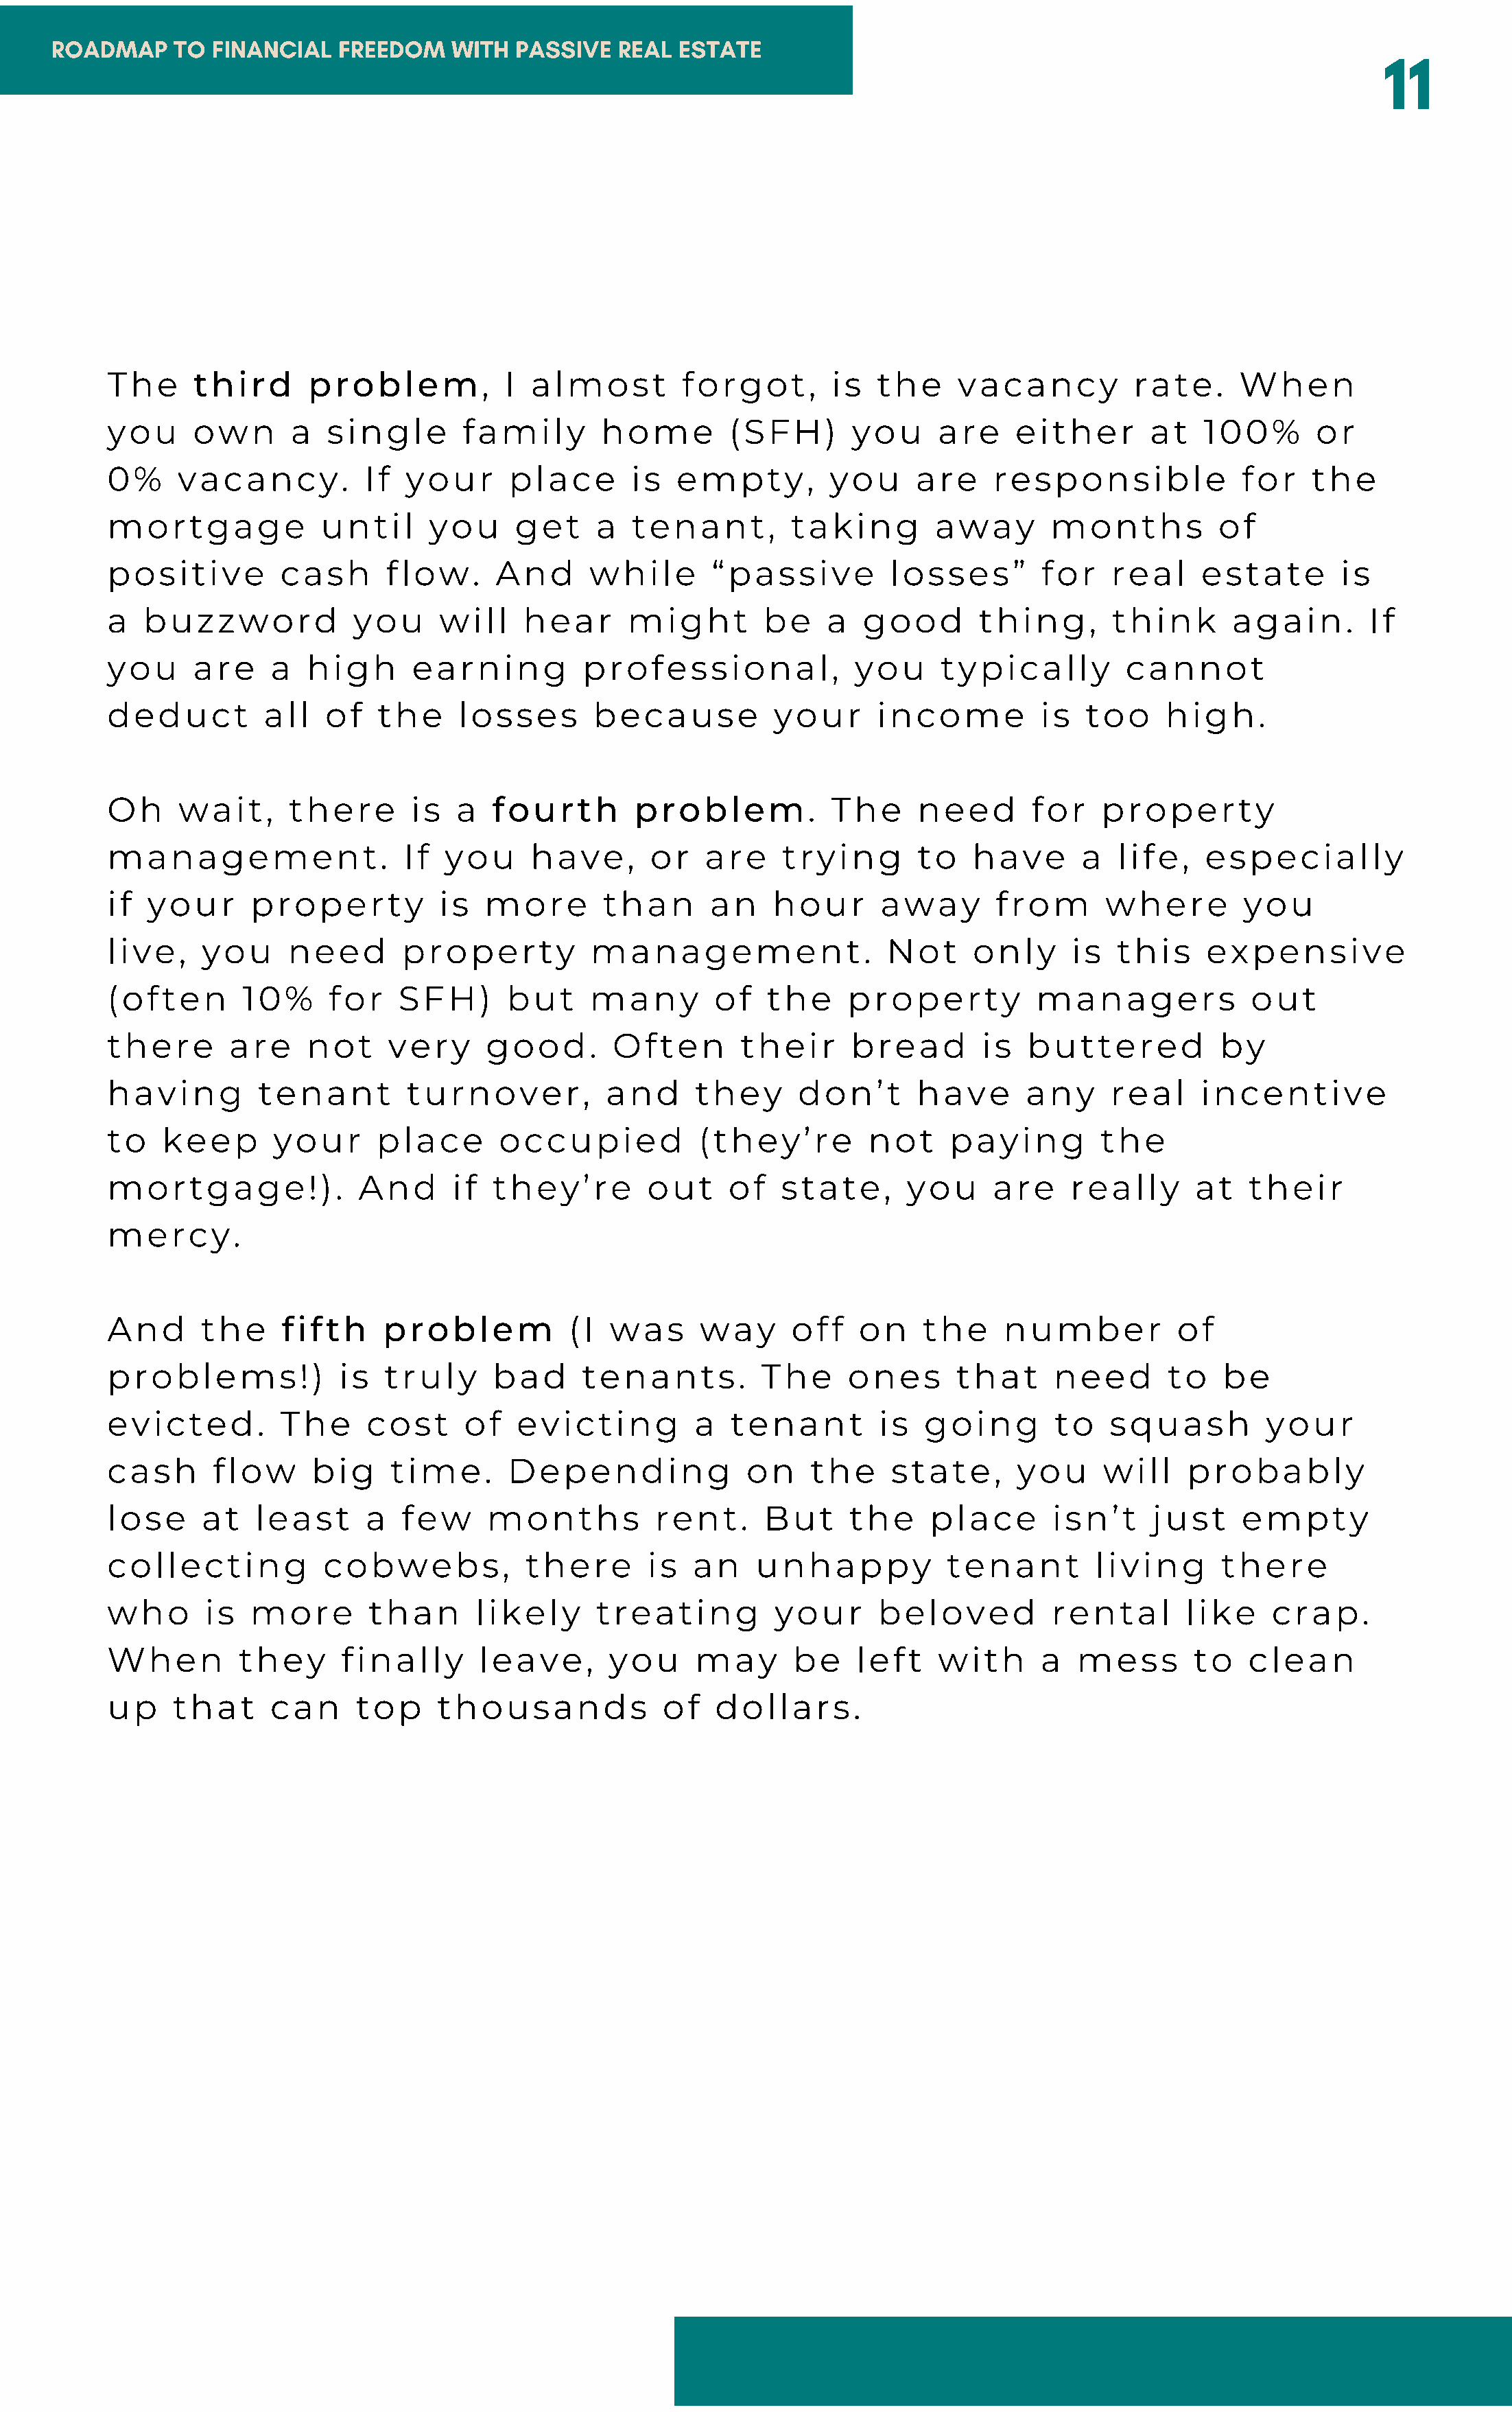
ROADMAP     TO FINANCIAL    FREEDOM    WITH  PASSIVE   REAL ESTATE
 11
 The      third      problem,           I almost         forgot,       is   the    vacancy          rate.      When
 you      own      a   single       family       home        (SFH)       you     are     either       at   100%       or
 0%     vacancy.          If  your      place       is  empty,         you     are     responsible             for    the
 mortgage             until     you      get    a   tenant,        taking        away       months           of
 positive         cash      flow.      And      while       “passive         losses”       for    real     estate       is
 a   buzzword            you     will    hear       might        be    a  good       thing,       think       again.       If
 you      are    a   high      earning         professional,             you      typically         cannot
 deduct         all   of   the     losses       because           your      income         is   too    high.
 Oh     wait,      there       is  a  fourth        problem.           The      need       for   property
 management.                  If  you     have,       or   are    trying        to   have      a   life,   especially
 if  your      property          is   more       than      an     hour      away       from       where        you
 live,    you      need       property          management.                  Not     only     is   this    expensive
 (often       10%      for   SFH)       but     many        of   the     property          managers             out
 there       are     not    very      good.       Often       their      bread        is  buttered           by
 having         tenant        turnover,          and      they      don’t      have       any     real     incentive
 to    keep      your      place       occupied           (they’re         not     paying        the
 mortgage!).              And      if  they’re       out     of   state,      you      are    really      at   their
 mercy.
 And      the     fifth     problem           (I  was     way      off    on    the     number           of
 problems!)             is  truly      bad     tenants.         The      ones      that      need       to   be
 evicted.         The     cost      of   evicting         a  tenant         is  going        to   squash         your
 cash       flow     big     time.      Depending              on    the     state,      you     will     probably
 lose     at    least     a   few     months          rent.      But     the     place       isn’t    just     empty
 collecting           cobwebs,            there      is   an    unhappy           tenant         living      there
 who       is  more        than      likely      treating         your      beloved         rental       like     crap.
 When         they      finally      leave,       you     may      be     left   with      a   mess       to   clean
 up     that     can     top     thousands             of   dollars.